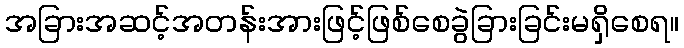
အခြားအဆင့်အတန်းအားဖြင့်ဖြစ်စေခွဲခြားခြင်းမရှိစေရ။